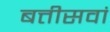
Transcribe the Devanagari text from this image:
बत्तीसवां